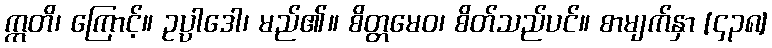
ဣတိ၊ ကြောင့်။ ဥပ္ပါဒေါ၊ မည်၏။ စိတ္တမေဝ၊ စိတ်သည်ပင်။ စာမျက်နှာ [၄၃၈]